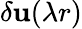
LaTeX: \delta\mathbf{u}(\lambda r)